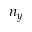
n _ { y }